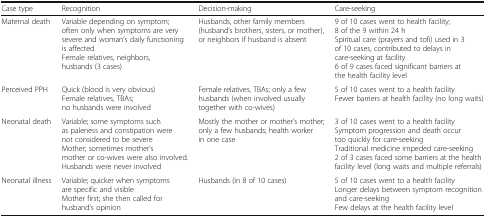
<table><thead><tr><td><b>Case type</b></td><td><b>Recognition</b></td><td><b>Decision-making</b></td><td><b>Care-seeking</b></td></tr></thead><tbody><tr><td>Maternal death</td><td>Variable depending on symptom; often only when symptoms are very severe and woman’s daily functioning is affectedFemale relatives, neighbors, husbands (3 cases)</td><td>Husbands, other family members (husband’s brothers, sisters, or mother), or neighbors if husband is absent</td><td>9 of 10 cases went to health facility; 8 of the 9 within 24 hSpiritual care (prayers and tofi) used in 3 of 10 cases, contributed to delays in care-seeking at facility6 of 9 cases faced significant barriers at the health facility level</td></tr><tr><td>Perceived PPH</td><td>Quick (blood is very obvious)Female relatives, TBAs; no husbands were involved</td><td>Female relatives, TBAs; only a few husbands (when involved usually together with co-wives)</td><td>5 of 10 cases went to a health facilityFewer barriers at health facility (no long waits)</td></tr><tr><td>Neonatal death</td><td>Variable; some symptoms such as paleness and constipation were not considered to be severeMother; sometimes mother’s mother or co-wives were also involved. Husbands were never involved</td><td>Mostly the mother or mother’s mother; only a few husbands; health worker in one case</td><td>3 of 10 cases went to a health facilitySymptom progression and death occur too quickly for care-seekingTraditional medicine impeded care-seeking2 of 3 cases faced some barriers at the health facility level (long waits and multiple referrals)</td></tr><tr><td>Neonatal illness</td><td>Variable; quicker when symptoms are specific and visibleMother first; she then called for husband’s opinion</td><td>Husbands (in 8 of 10 cases)</td><td>5 of 10 cases went to a health facilityLonger delays between symptom recognition and care-seekingFew delays at the health facility level</td></tr></tbody></table>